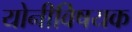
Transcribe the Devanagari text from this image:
योनीविषयक